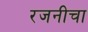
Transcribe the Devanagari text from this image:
रजनीचा